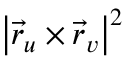
\left| { \vec { r } } _ { u } \times { \vec { r } } _ { v } \right| ^ { 2 }